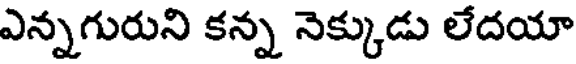
ఎన్నగురుని కన్న నెక్కుడు లేదయా